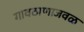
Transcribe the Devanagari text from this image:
गावठाणाजवळ